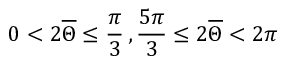
0 < 2 \overline { { \Theta } } \leq \frac { \pi } { 3 } \, , \frac { 5 \pi } { 3 } \leq 2 \overline { { \Theta } } < 2 \pi